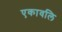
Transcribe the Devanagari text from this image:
एकावलि